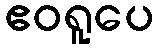
ဧဝရူပေ